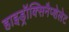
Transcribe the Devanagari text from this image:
हाइड्रॉक्सिनैप्शेलेट